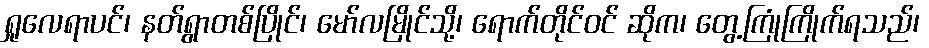
ရှုလေရာပင်၊ နတ်ရွာတစ်ပြိုင်၊ မော်လမြိုင်သို့၊ ရောက်တိုင်ဝင် ဆိုက၊ တွေ့ကြုံကြိုက်ရသည်၊